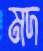
মদ